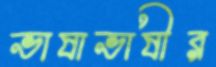
ভাষাভাষীর